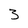
Character: 3